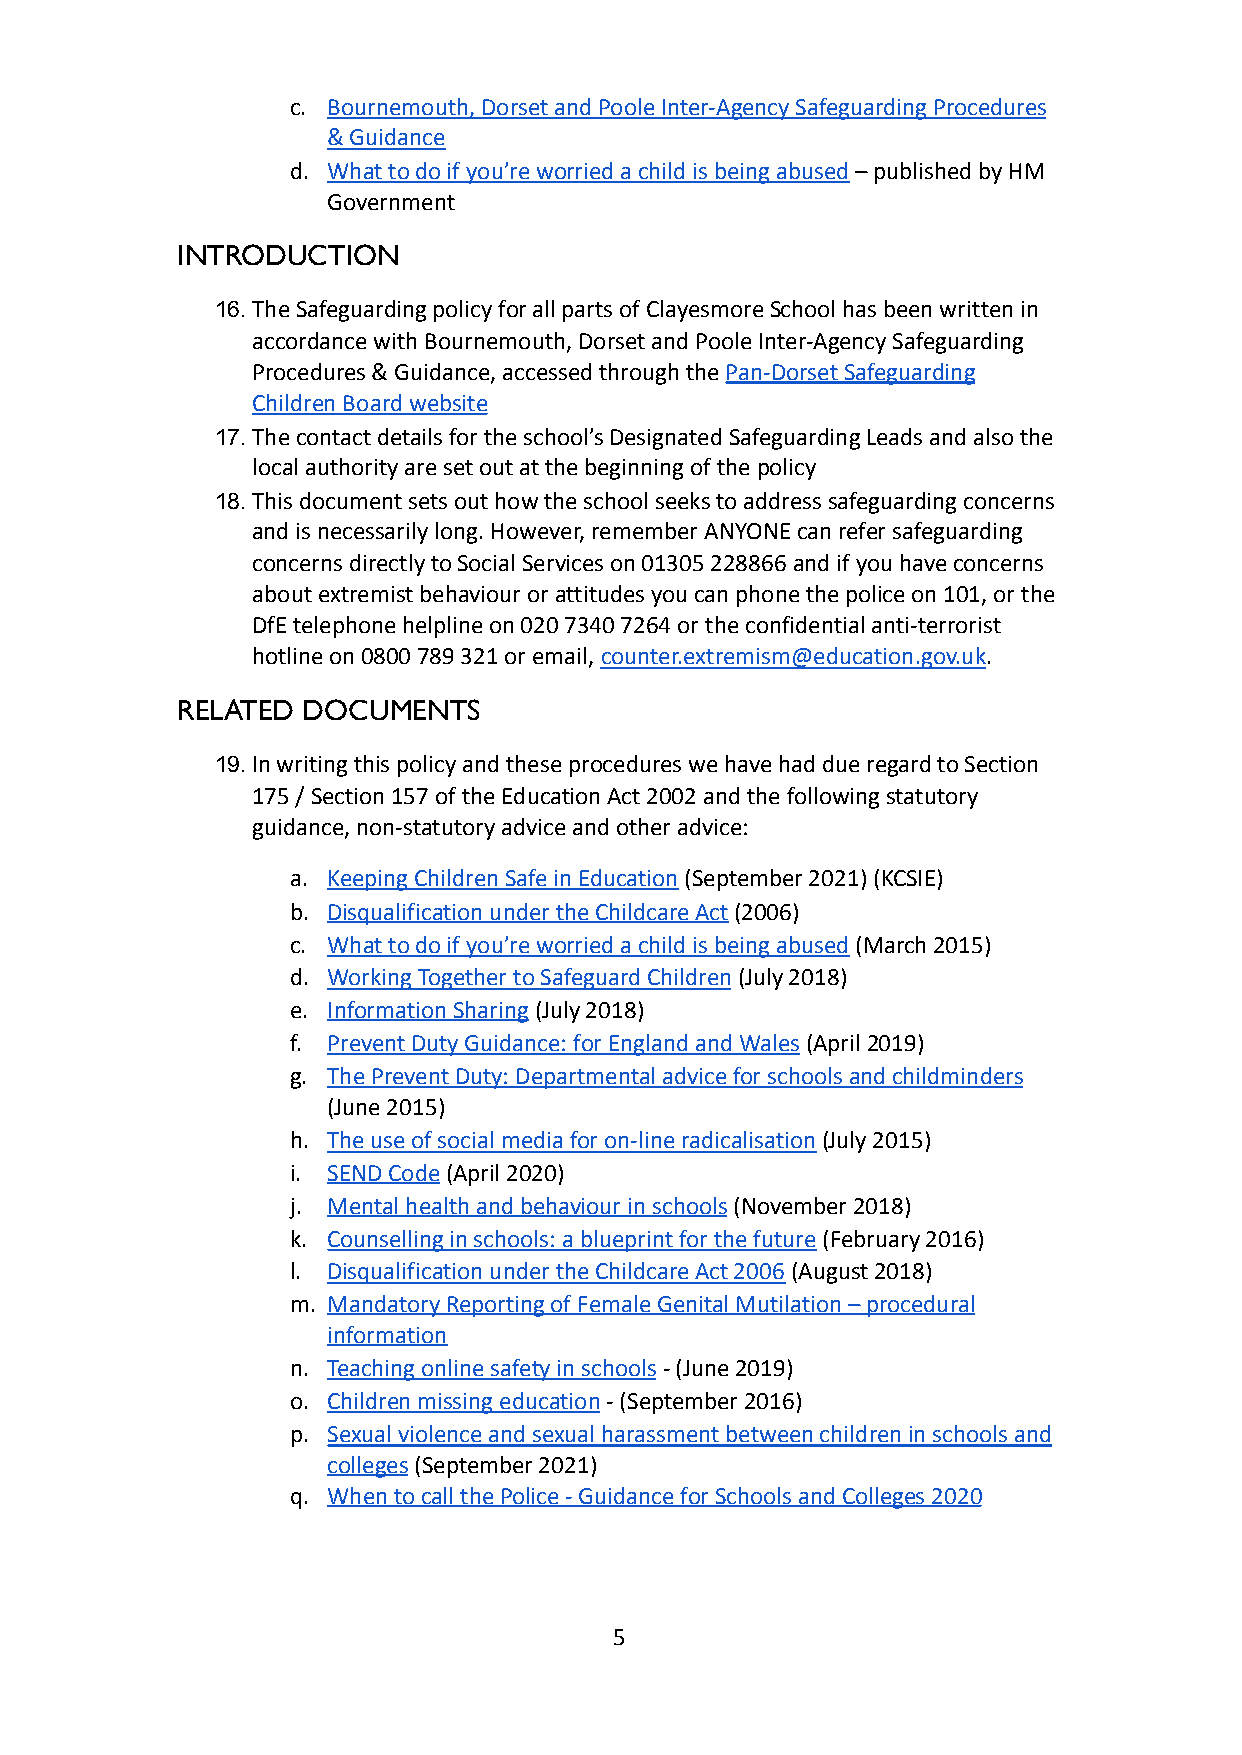
c. Bournemouth, Dorset and Poole Inter-Agency Safeguarding Procedures
 & Guidance
 d. What to do if you’re worried a child is being abused– published by HM
 Government
 INTRODUCTION
 16.The Safeguarding policy for all parts of ClayesmoreSchool has been written in
 accordance with Bournemouth, Dorset and Poole Inter-AgencySafeguarding
 Procedures & Guidance, accessed through thePan-DorsetSafeguarding
 Children Board website
 17.The contact details for the school’s Designated SafeguardingLeads and also the
 local authority are set out at the beginning of thepolicy
 18.This document sets out how the school seeks to addresssafeguarding concerns
 and is necessarily long. However, remember ANYONEcan refer safeguarding
 concerns directly to Social Services on 01305 228866and if you have concerns
 about extremist behaviour or attitudes you can phonethe police on 101, or the
 DfE telephone helpline on 020 7340 7264 or the confidentialanti-terrorist
 hotline on 0800 789 321 or email,counter.extremism@education.gov.uk.
 RELATED DOCUMENTS
 19.In writing this policy and these procedures we havehad due regard to Section
 175 / Section 157 of the Education Act 2002 and thefollowing statutory
 guidance, non-statutory advice and other advice:
 a. Keeping Children Safe in Education(September 2021)(KCSIE)
 b. Disqualification under the Childcare Act(2006)
 c. What to do if you’re worried a child is being abused(March 2015)
 d. Working Together to Safeguard Children(July 2018)
 e. Information Sharing(July 2018)
 f. Prevent Duty Guidance: for England and Wales(April2019)
 g. The Prevent Duty: Departmental advice for schoolsand childminders
 (June 2015)
 h. The use of social media for on-line radicalisation(July 2015)
 i. SEND Code(April 2020)
 j. Mental health and behaviour in schools(November 2018)
 k. Counselling in schools: a blueprint for the future(February 2016)
 l. Disqualification under the Childcare Act 2006(August2018)
 m. Mandatory Reporting of Female Genital Mutilation –procedural
 information
 n. Teaching online safety in schools- (June 2019)
 o. Children missing education- (September 2016)
 p. Sexual violence and sexual harassment between childrenin schools and
 colleges(September 2021)
 q. When to call the Police - Guidance for Schools andColleges 2020
 5